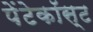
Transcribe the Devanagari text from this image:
पेंटेकॉस्ट